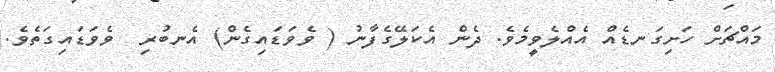
މައްޗަށް ހަށިގަނޑެއް އެއްލެވީމެވެ. ދެން އެކަލޭގެފާނު ( ވެވަޑައިގެން) އެނބުރި  ވެވަޑައިގަތެވެ.